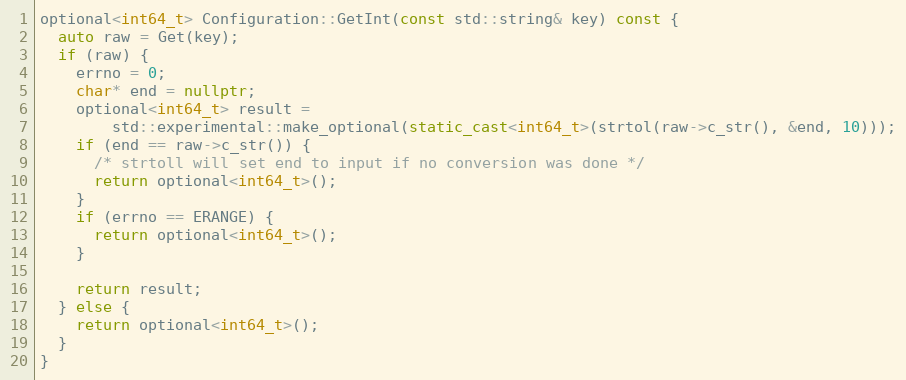
Language: C++
optional<int64_t> Configuration::GetInt(const std::string& key) const {
  auto raw = Get(key);
  if (raw) {
    errno = 0;
    char* end = nullptr;
    optional<int64_t> result =
        std::experimental::make_optional(static_cast<int64_t>(strtol(raw->c_str(), &end, 10)));
    if (end == raw->c_str()) {
      /* strtoll will set end to input if no conversion was done */
      return optional<int64_t>();
    }
    if (errno == ERANGE) {
      return optional<int64_t>();
    }

    return result;
  } else {
    return optional<int64_t>();
  }
}